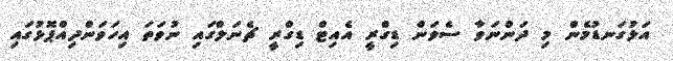
އަޅުގަނޑުމެން މި ދަންނަވާ ސެވަން ޑިގްރީ އެއިޓް ޑިގްރީ ޗެނަލްގައި ނުވަތަ އިހަވަންދިއްޕޮޅުގައި